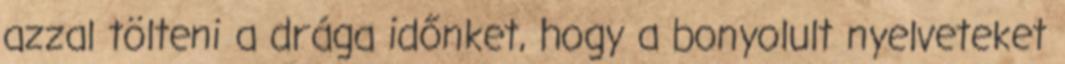
azzal tölteni a drága időnket, hogy a bonyolult nyelveteket